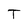
Character: T